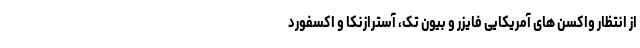
از انتظار واکسن های آمریکایی فایزر و بیون تک، آسترازنکا و اکسفورد